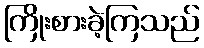
ကြိုးစားခဲ့ကြသည်